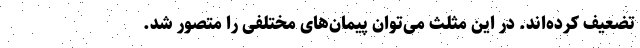
تضعیف کرده‌اند. در این مثلث می‌توان پیمان‌های مختلفی را متصور شد.